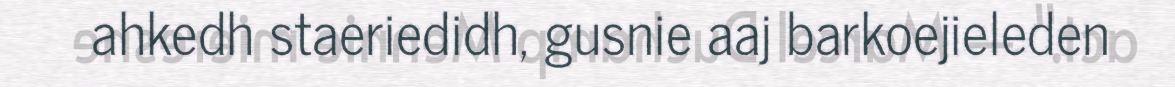
ahkedh staeriedidh, gusnie aaj barkoejieleden